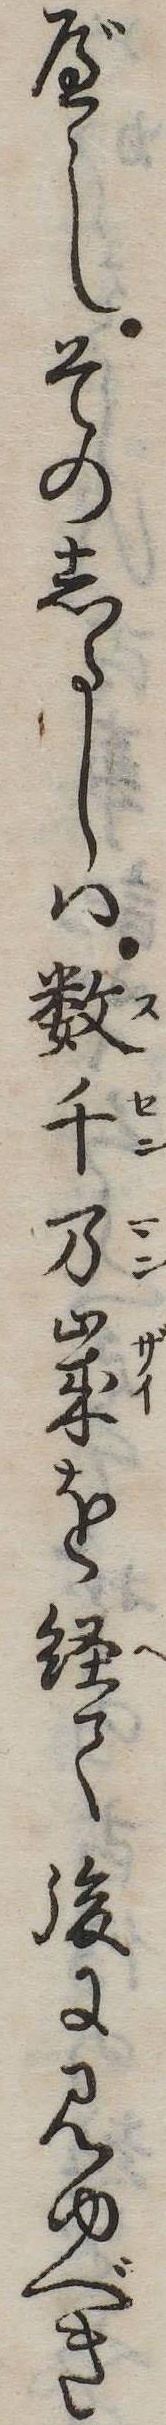
べしそのしるしは数千万歳を経て後に見ゆべき